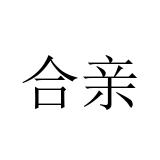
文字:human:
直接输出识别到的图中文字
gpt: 合亲